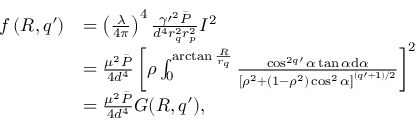
\begin{array} { r l } { f \left( R , q \prime \right) } & { = \left( \frac { \lambda } { 4 \pi } \right) ^ { 4 } \frac { \gamma \prime ^ { 2 } \bar { P } } { d ^ { 4 } r _ { q } ^ { 2 } r _ { p } ^ { 2 } } I ^ { 2 } } \\ & { = \frac { \mu ^ { 2 } \bar { P } } { 4 d ^ { 4 } } \left[ \rho \int _ { 0 } ^ { \arctan \frac { R } { r _ { q } } } \frac { \cos ^ { 2 q \prime } \alpha \tan \alpha \mathrm { d } \alpha } { \left[ \rho ^ { 2 } + ( 1 - \rho ^ { 2 } ) \cos ^ { 2 } \alpha \right] ^ { ( q \prime + 1 ) / 2 } } \right] ^ { 2 } } \\ & { = \frac { \mu ^ { 2 } \bar { P } } { 4 d ^ { 4 } } G ( R , q \prime ) , } \end{array}